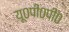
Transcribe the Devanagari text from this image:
यू०पी०पी०